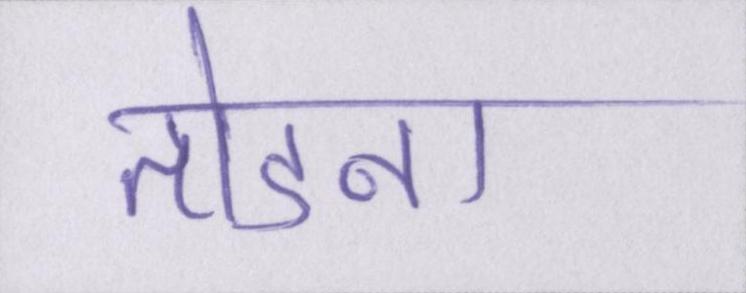
तोडना